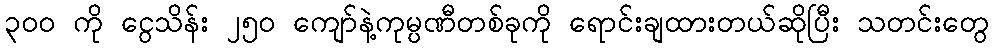
၃၀၀ ကို ငွေသိန်း ၂၅၀ ကျော်နဲ့ကုမ္ပဏီတစ်ခုကို ရောင်းချထားတယ်ဆိုပြီး သတင်းတွေ